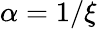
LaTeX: \alpha=1/\xi